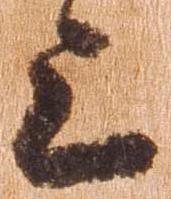
上